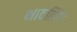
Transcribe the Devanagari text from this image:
भावलिंग